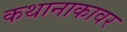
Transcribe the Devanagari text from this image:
कथानाकावर